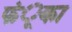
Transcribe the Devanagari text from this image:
फंूका